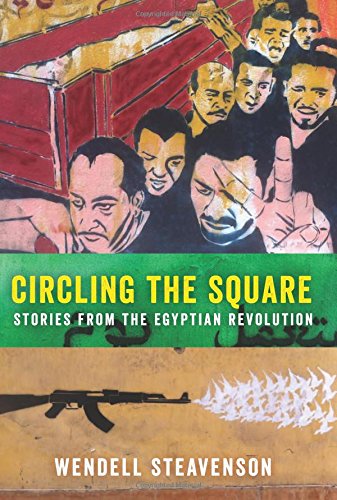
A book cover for Circling the Square: Stories from the Egyptian Revolution; Wendell Steavenson; History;